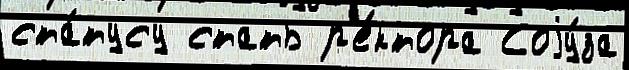
ста́тусу стать р'е́ктора Соjу́за